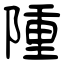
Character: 隀